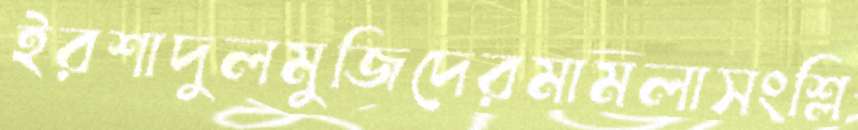
ইরশাদুলমুজিদেরমামলাসংশ্লি